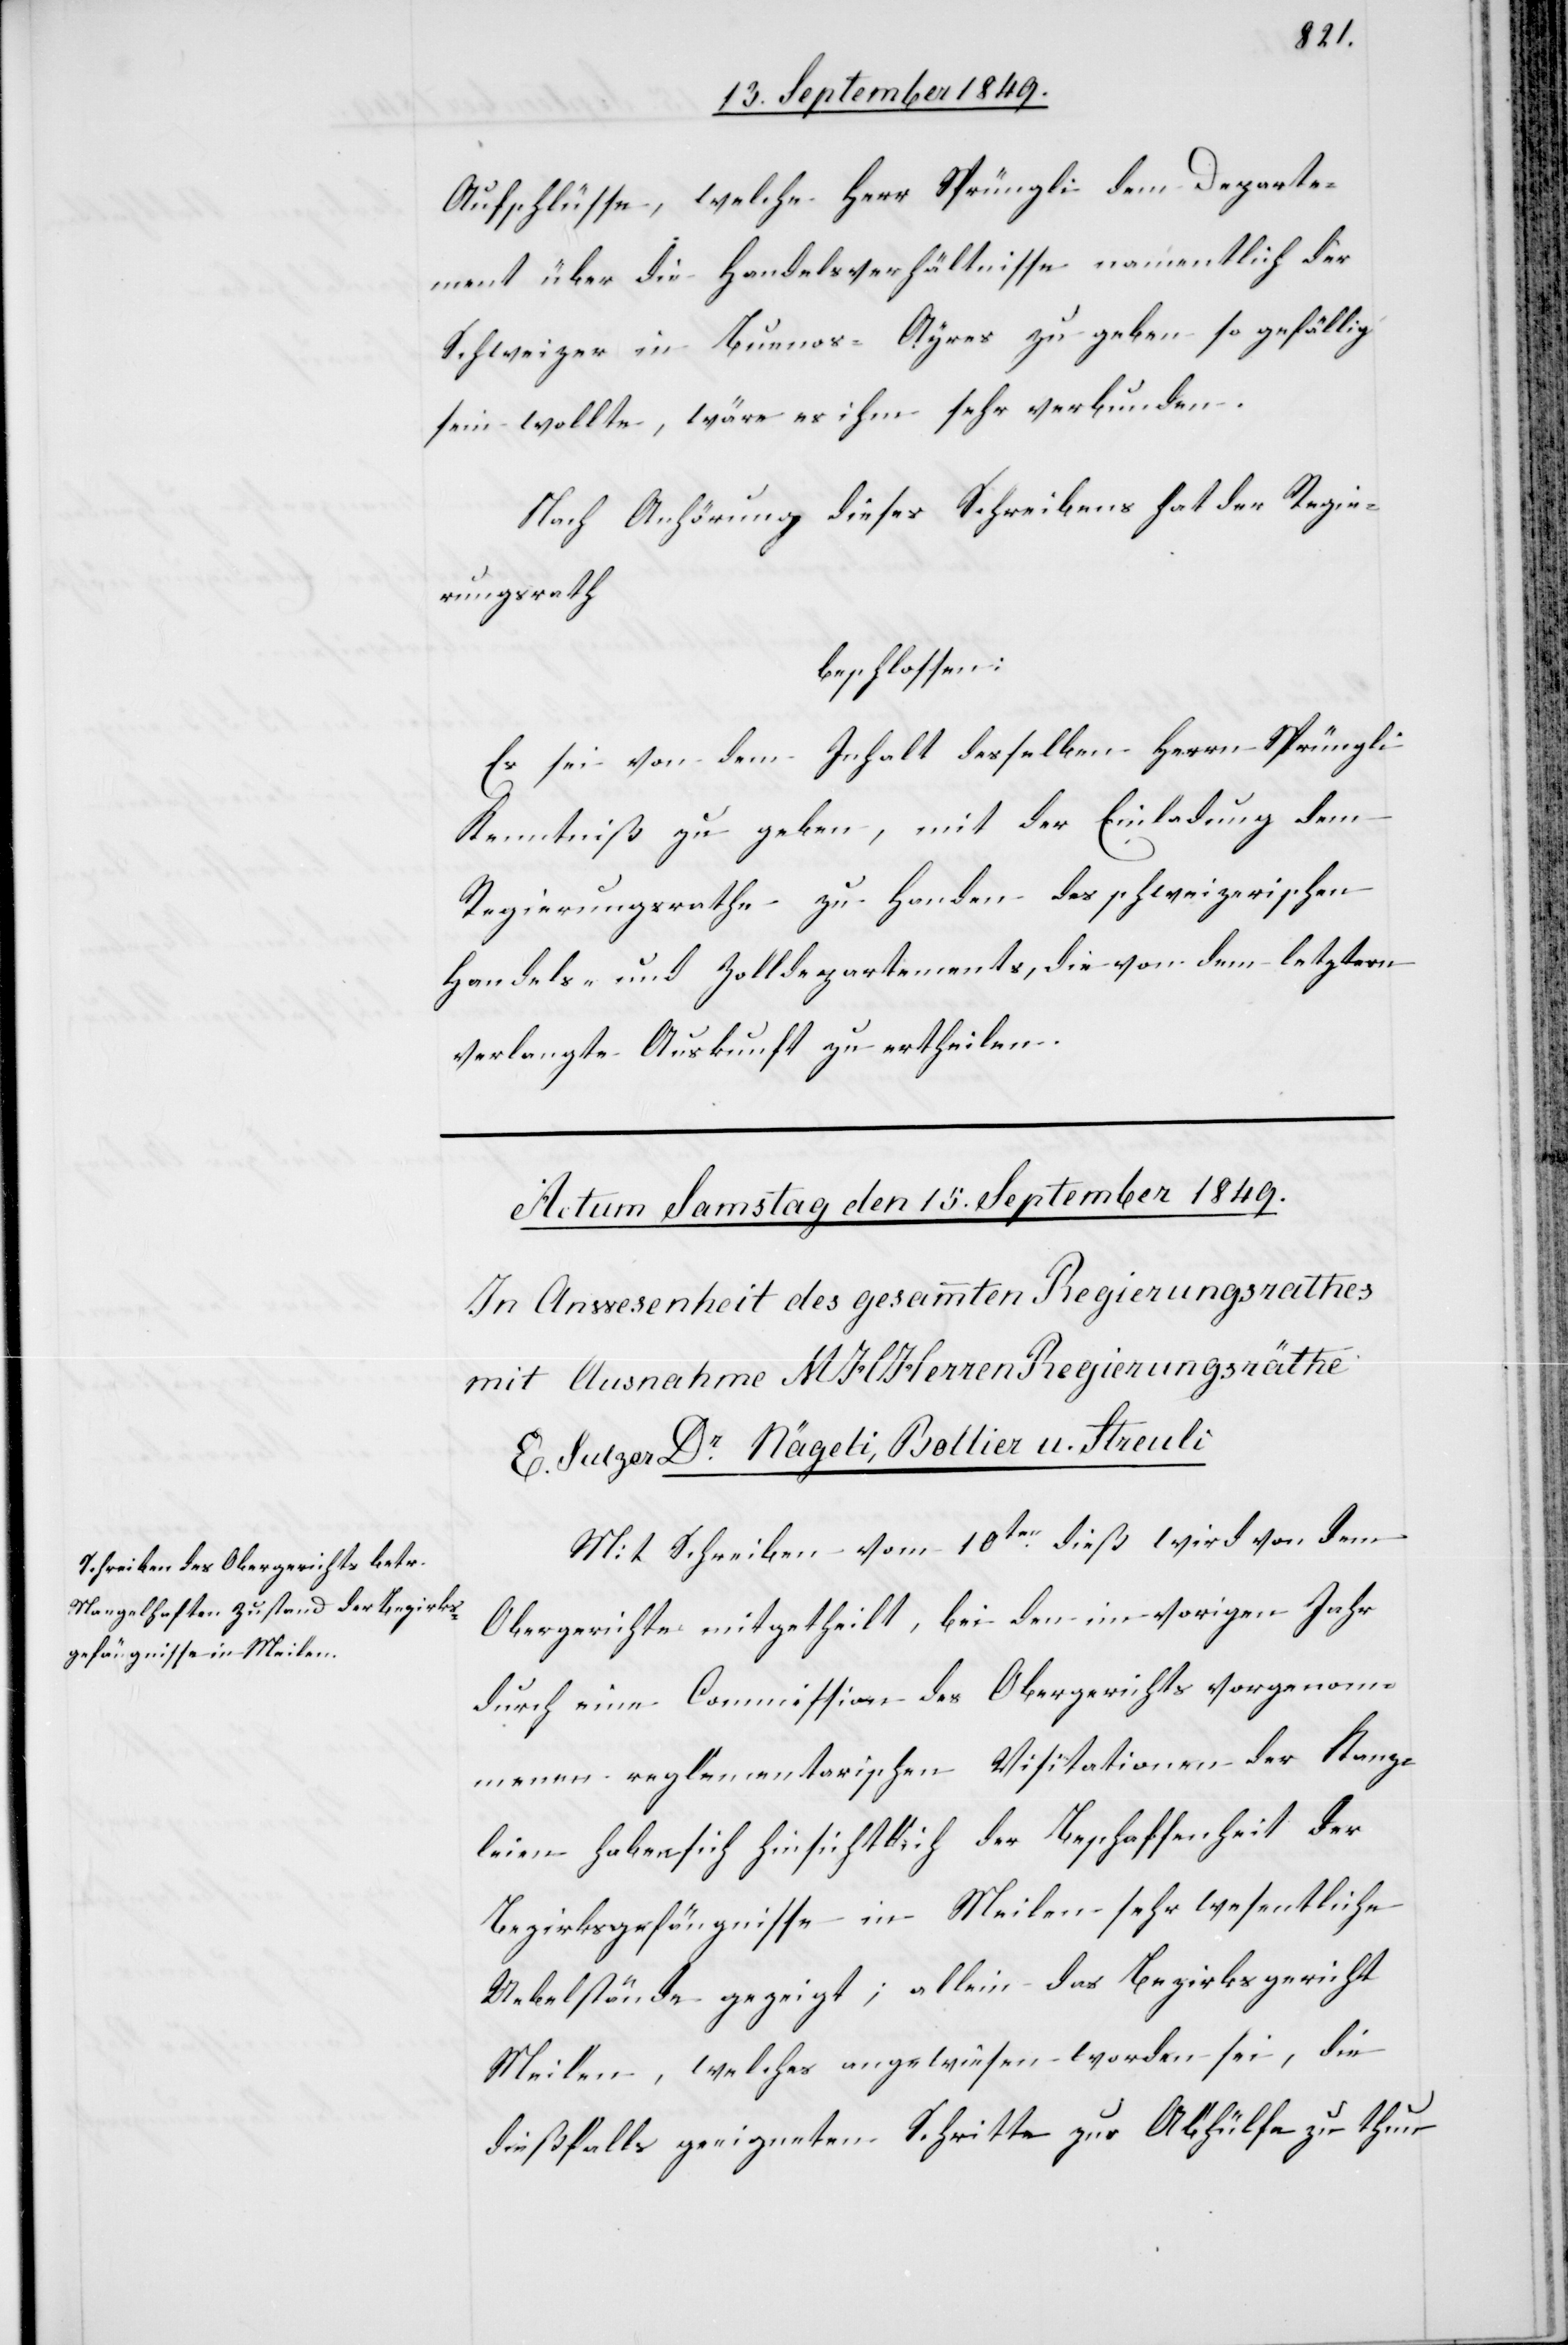
Aufschlüsse, welche Herr Sprüngli dem Departe¬
ment über die Handelsverhältnisse namentlich der
Schweizer in Buenos-Ayres zu geben so gefällig
sein wollte, wäre es ihm sehr verbunden.
Nach Anhörung dieses Schreibens hat der Regie¬
rungsrath
beschlossen:
Es sei von dem Inhalt desselben Herrn Sprüngli
Kenntniß zu geben, mit der Einladung dem
Regierungsrathe zu Handen des schweizerischen
Handels- und Zolldepartements, die von dem letztern
verlangte Auskunft zu ertheilen.
Mit Schreiben vom 10ten dieß wird von dem
Obergerichte mitgetheilt, bei den im vorigen Jahr
durch eine Commission des Obergerichts vorgenom¬
menen reglementarischen Visitationen der Kanz¬
leien haben sich hinsichtlich der Beschaffenheit der
Bezirksgefängnisse in Meilen sehr wesentliche
Uebelstände gezeigt, allein das Bezirksgericht
Meilen, welches angewiesen worden sei, die
dießfalls geeigneten Schritte zur Abhülfe zu thun